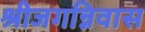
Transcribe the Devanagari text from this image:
श्रीजगन्निवास